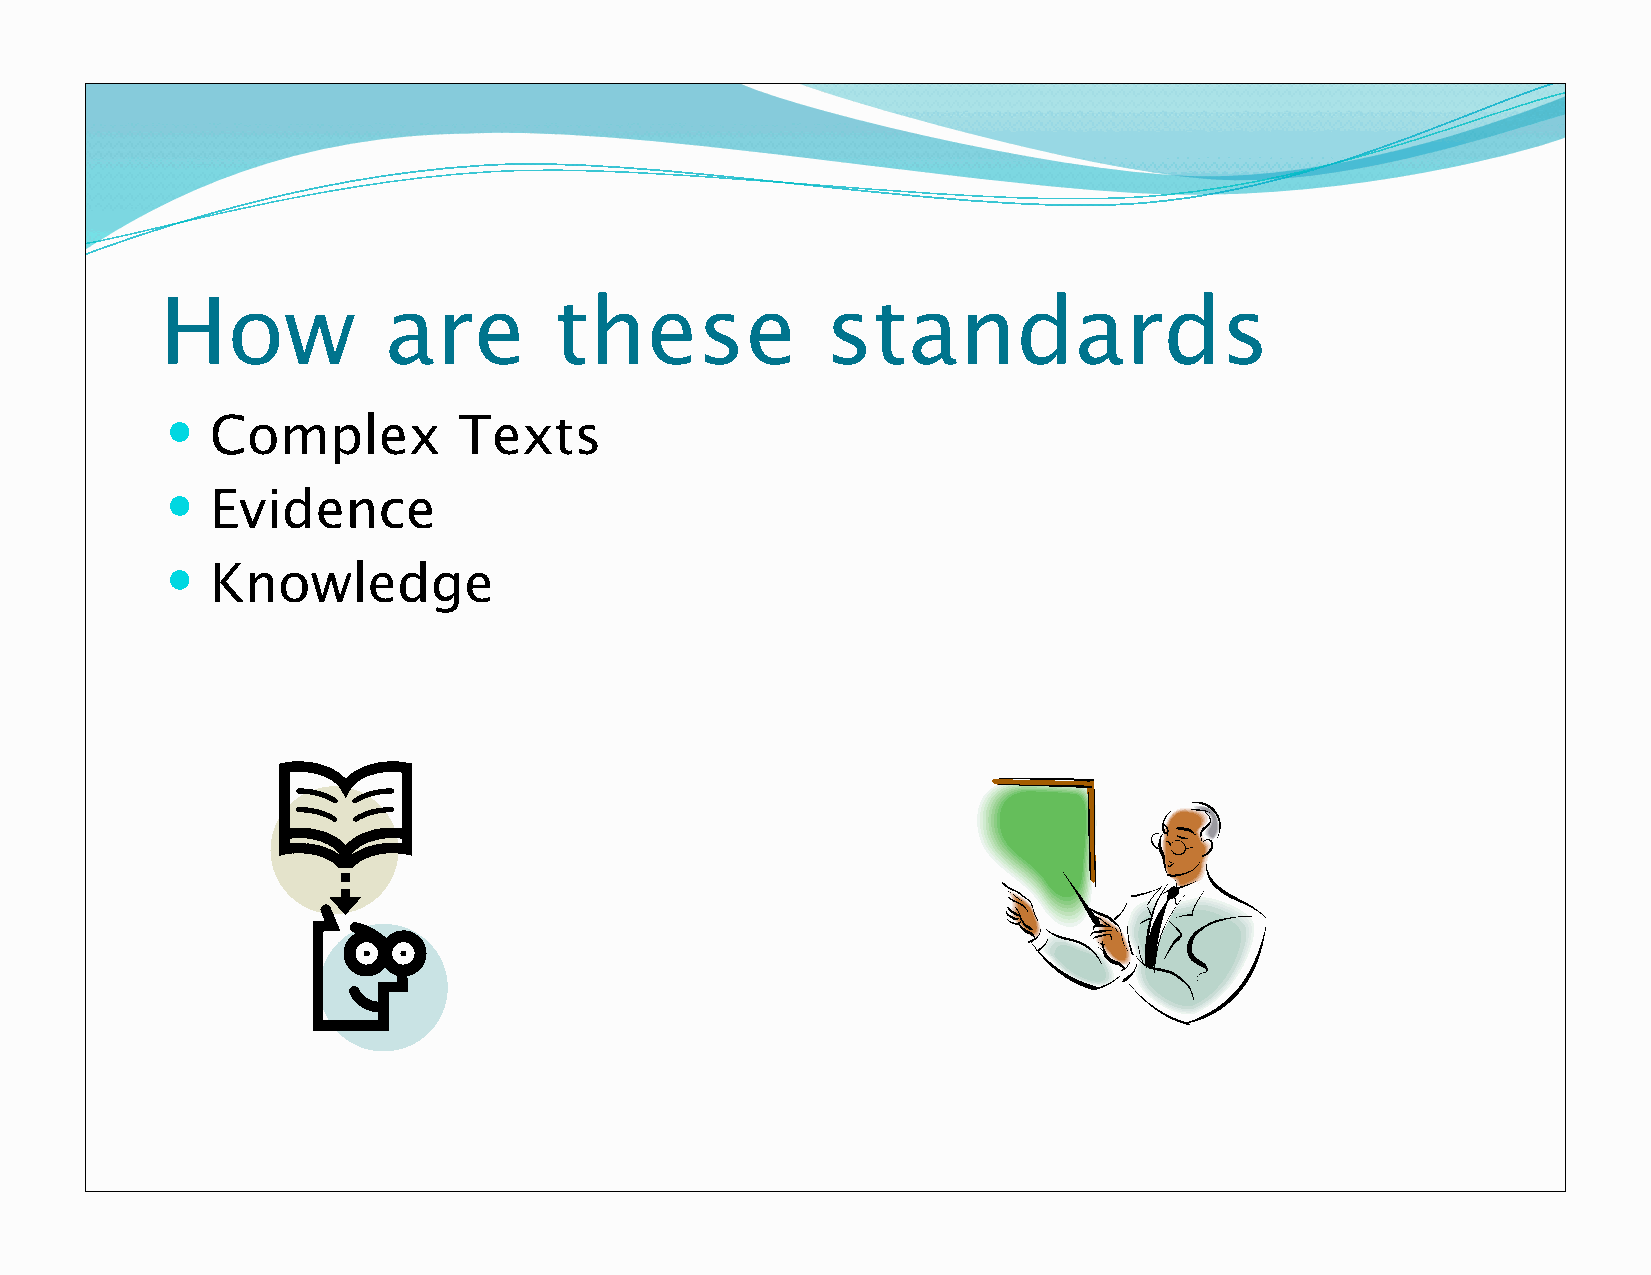
How           are         these             standards
   Complex         Texts
   Evidence
   Knowledge